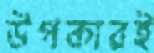
উপকারই